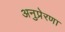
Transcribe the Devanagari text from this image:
अनुप्रेरणा